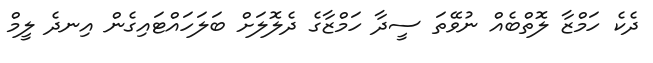
ދެކެ ހަމްޒާ ލޮތްބެއް ނުވޭތަ ސީދާ ހަމްޒާގެ ދެލޮލަށް ބަލަހައްޓައިގެން އިނދެ ލީމް